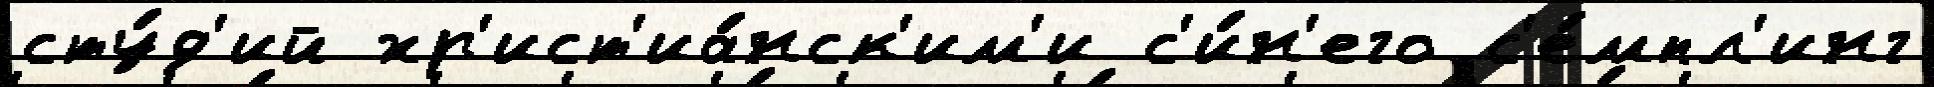
сту́д'ий хр'ист'иа́нск'им'и с'и́н'его с'е́мпл'инг